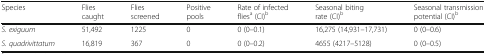
<table><thead><tr><td><b>Species</b></td><td><b>Flies caught</b></td><td><b>Flies screened</b></td><td><b>Positive pools</b></td><td><b>Rate of infected flies<sup>a</sup> (CI)<sup>b</sup></b></td><td><b>Seasonal biting rate (CI)<sup>b</sup></b></td><td><b>Seasonal transmission potential (CI)<sup>b</sup></b></td></tr></thead><tbody><tr><td><i>S. exiguum</i></td><td>51,492</td><td>1225</td><td>0</td><td>0 (0–0.1)</td><td>16,275 (14,931–17,731)</td><td>0 (0–0.6)</td></tr><tr><td><i>S. quadrivittatum</i></td><td>16,819</td><td>367</td><td>0</td><td>0 (0–0.2)</td><td>4655 (4217–5128)</td><td>0 (0–0.5)</td></tr></tbody></table>